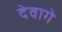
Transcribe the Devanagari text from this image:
देवागे